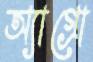
অ্যাগ্রো